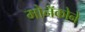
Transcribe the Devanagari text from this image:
मोनॅकोने